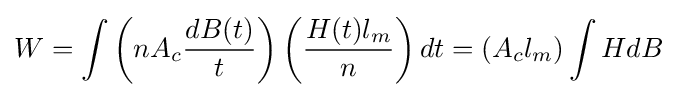
W=\int {\left(nA_{c}{\frac {dB(t)}{t}}\right)\left({\frac {H(t)l_{m}}{n}}\right)dt}=(A_{c}l_{m})\int {HdB}